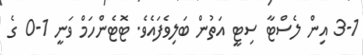
3-1 އިން ލެސްޓާ ސިޓީ އަތުން ބަލިވެފައެވެ. ޓޮޓެންހަމް ވަނީ 1-0 ގެ